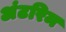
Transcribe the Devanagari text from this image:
अंटरिम